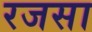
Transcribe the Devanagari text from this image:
रजसा